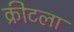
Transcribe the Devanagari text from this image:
क्रीटला